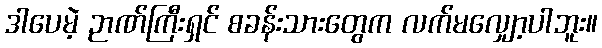
ဒါပေမဲ့ ဉာဏ်ကြီးရှင် စခန်းသားတွေက လက်မလျှော့ပါဘူး။